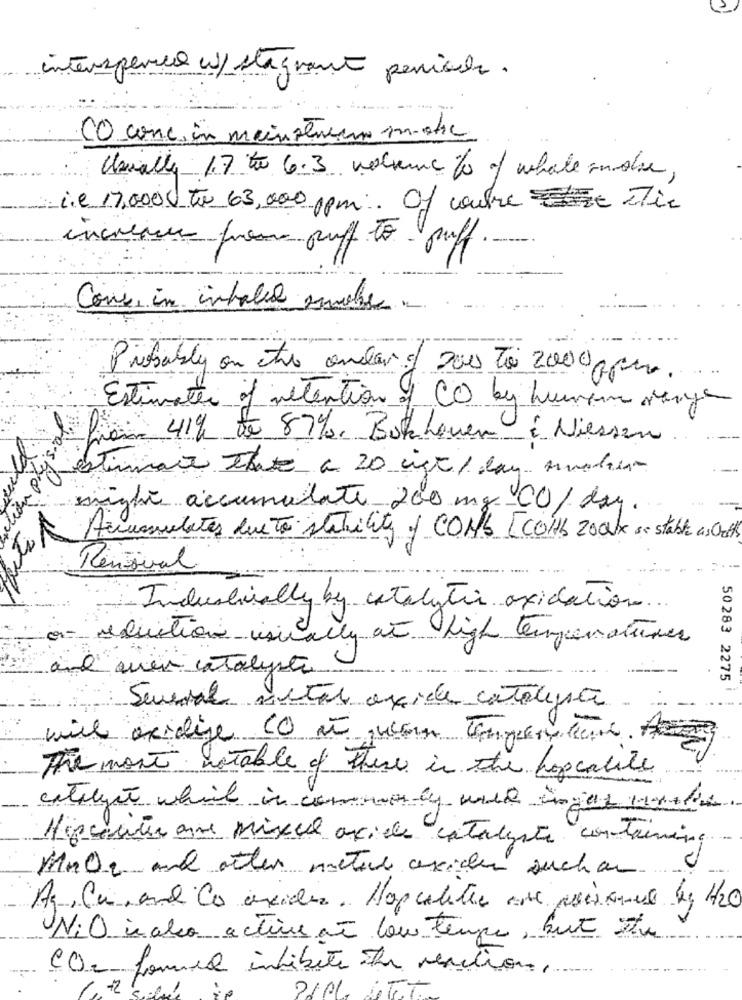
intersperco w/ stagnant pensione.
CO conc. in main stream music
Usually 17 to 6.3 volume % of whole andre,
i.e 17,0000 to 63,000 ppm. Of cubre Mir
increase pour puff to puff.
Cons, in inhaled smoke
Probably on the andar :/ 200 to 2000 ppm.
Estimates of retention of CO by hunting mange
Liam 41% de 87%, Bokhoven & Niessen.
estimate that a 20 ist / day nuche-
intã accumulate 200 mg CO/ day.
Accumulates due to stability of COMO [COHB 200 x estable as ot]
Renoval
Industrially by catalytic oxidation.
reduction usually at high temperatures
quer catalyste
50283 2275
Sucursal metal oxide catalyst ..
will oxidize CO at uconn Temperature. A
The most notable of these in the popcalle
catalyst which is commonly will Enjoy the
Hiscentie ane mixul acide cataleste containing
Mmor and other meter axider such an
Ag,Cu, and Co oxides. Hapcolette que personal de 4/20
NiO. in alco active an con tempre, but stu
CO = formed inhibite the reaction,
-2
2101